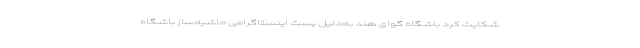
شکایت کرد باشگاه گوای هند به‌دلیل پست اینستاگرامی حاشیه‌ساز باشگاه